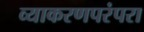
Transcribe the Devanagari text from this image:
व्याकरणपरंपरा